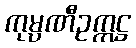
ကုမ္ပဏီဥက္ကဋ္ဌ